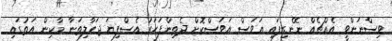
ވިސްނަންވީ އެއްޗެއް ނޭނގިފައި އަވަސް އަވަސްކޮށް ދެތިންފަހަރު އެސްފިޔަ ޖަހާލިތަނާ މާކިން އަތުގައި